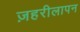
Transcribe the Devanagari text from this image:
ज़हरीलापन